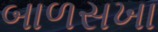
બાળસખા